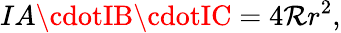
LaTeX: IA\cdotIB\cdotIC=4\mathcal{R}r^{2},